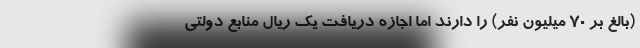
(بالغ بر ۷۰ میلیون نفر) را دارند اما اجازه دریافت یک ریال منابع دولتی